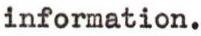
information.